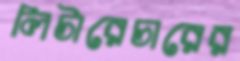
লিটারেচারের